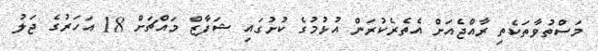
މަސްތުވާތަކެތި ރާއްޖެއަށް އެތެރެކުރަން އުޅުމުގެ ކުށުގައި ޝަފާޒް މައްޗަށް 18 އަހަރުގެ ޖަލު